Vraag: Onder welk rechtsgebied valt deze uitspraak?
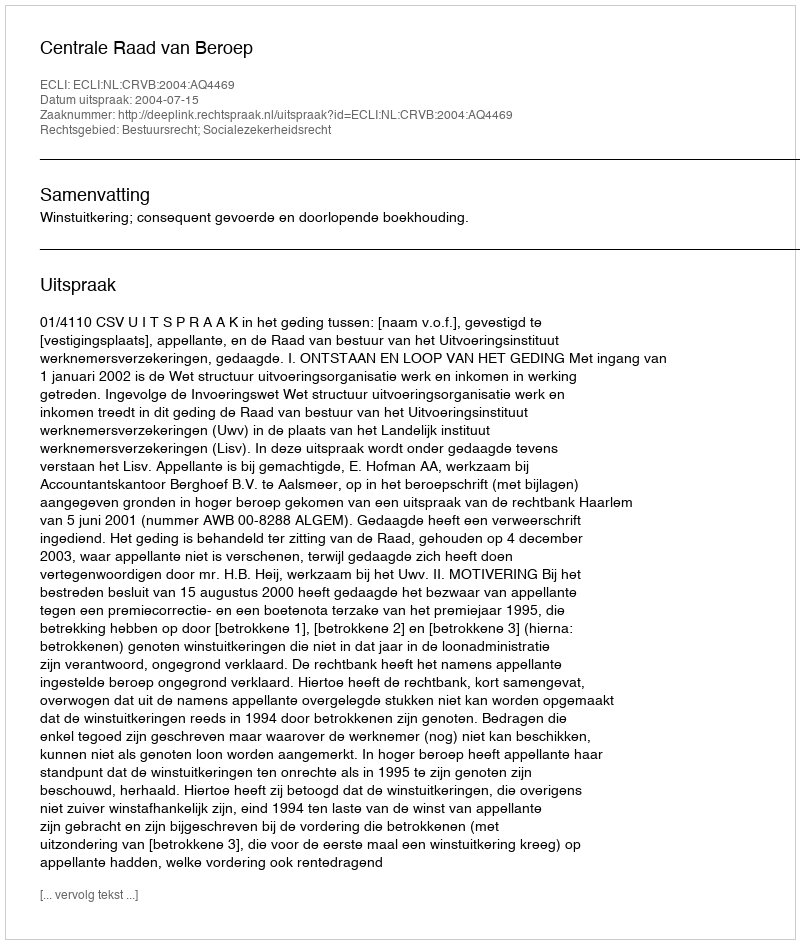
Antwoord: Bestuursrecht; Socialezekerheidsrecht